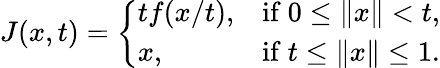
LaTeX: J(x,t)={\left\{ \begin{array}{ll}{tf(x/t),}&{{\mathrm{if~}}0\leq\| x\| <t,}\\ {x,}&{{\mathrm{if~}}t\leq\| x\| \leq 1.}\end{array}\right.}